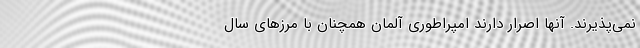
نمی‌پذیرند. آنها اصرار دارند امپراطوری آلمان همچنان با مرزهای سال